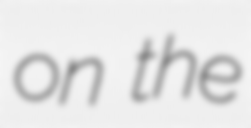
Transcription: on the